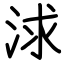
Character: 浗